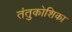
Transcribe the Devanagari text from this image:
तंतुकोशिका